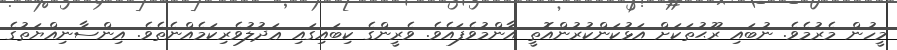
މީހުން މެރުމެވެ. ނުބައި ރޫޙުތަކަށް އަޅުކަންކުރުންއޮތީ އާންމުވެފައެވެ. ވެރީންގެ ކިބައިގައި ޢަދުލުވެރިކަމެއްނެތެވެ. އިންސާނިއްޔަތުގެ